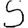
Digit: 5